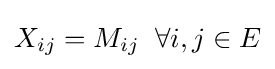
X_{ij}=M_{ij}\;\;\forall i,j\in E